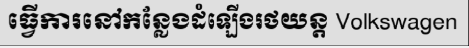
ធ្វើការនៅកន្លែងដំឡើងរថយន្ត Volkswagen